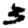
Digit: 3